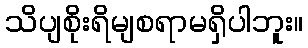
သိပျစိုးရိမျစရာမရှိပါဘူး။